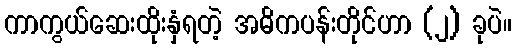
ကာကွယ်ဆေးထိုးနှံရတဲ့ အဓိကပန်းတိုင်ဟာ (၂) ခုပဲ။